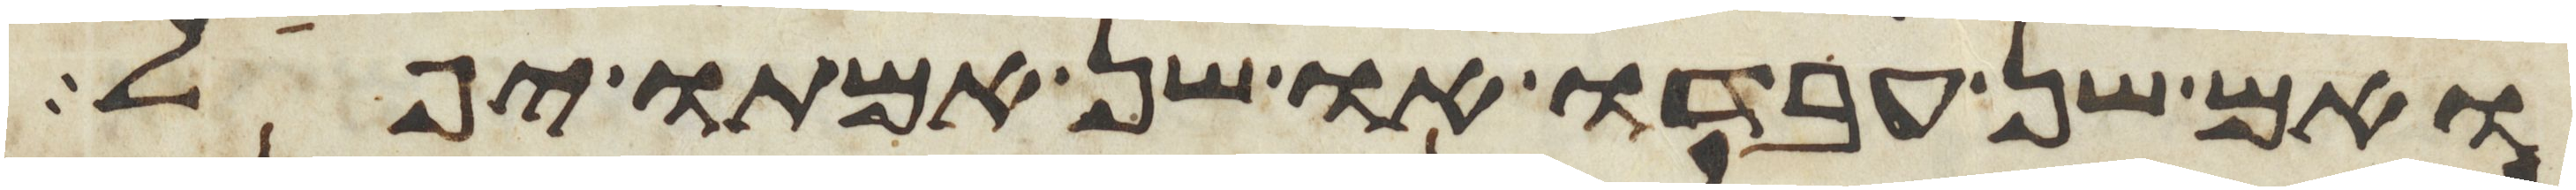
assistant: ואם שן עבדו או שן אמתו יפל